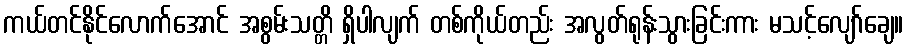
ကယ်တင်နိုင်လောက်အောင် အစွမ်းသတ္တိ ရှိပါလျက် တစ်ကိုယ်တည်း အလွတ်ရုန်းသွားခြင်းကား မသင့်လျော်ချေ။